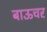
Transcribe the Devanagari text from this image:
बाऊचर